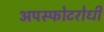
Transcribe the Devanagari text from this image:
अपस्फोटरोधी